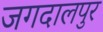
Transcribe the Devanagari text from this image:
जगदालपुर